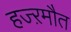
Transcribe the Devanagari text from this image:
हज्ऱमौत